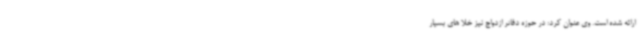
ارائه شده است. وی عنوان کرد: در حوزه دفاتر ازدواج نیز خلا های بسیار